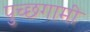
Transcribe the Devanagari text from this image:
पुच्छगामी